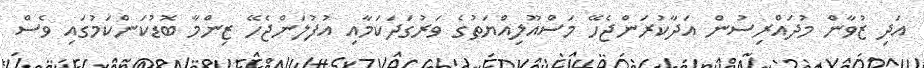
އަދި ޒުވާން މުދައްރިސުން އަދާކުރަންޖެހޭ މަސްއޫލިއްޔަތުގެ ވަރުގަދަކަމާއި އުފުލަންޖެހޭ ޒިންމާ ބޮޑުކަންކަމުގައި ވެސް